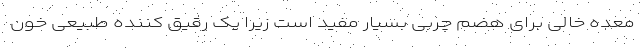
معده خالی برای هضم چربی بسیار مفید است زیرا یک رقیق کننده طبیعی خون